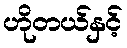
ဟိုတယ်နှင့်